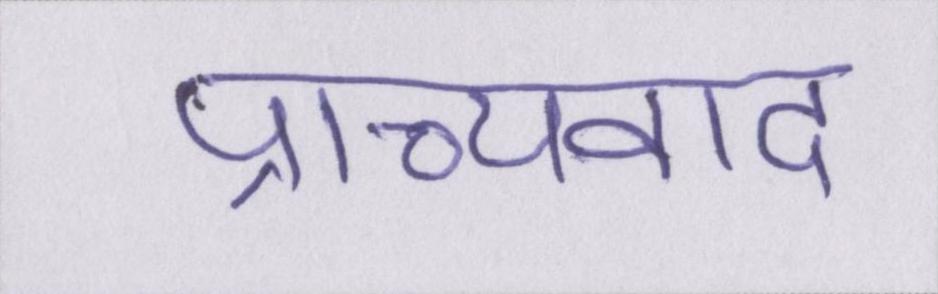
प्राच्यवाद